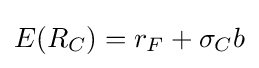
E(R_{C})=r_{F}+\sigma _{C}b